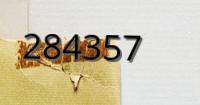
284357